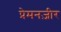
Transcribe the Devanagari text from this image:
प्रेमनज़ीर